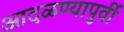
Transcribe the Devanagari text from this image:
आदळण्यापुर्वी